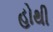
હોથી